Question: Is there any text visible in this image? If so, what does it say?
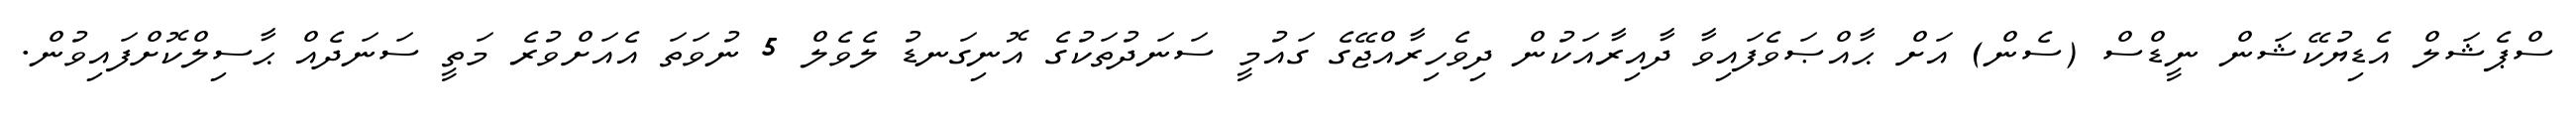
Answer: ސްޕެޝަލް އެޑިޔުކޭޝަން ނީޑްސް (ސެން) އަށް ޙާއްޞަވެފައިވާ ދާއިރާއަކުން ދިވެހިރާއްޖޭގެ ގައުމީ ސަނަދުތަކުގެ އޮނިގަނޑު ލެވެލް 5 ނުވަތަ އެއަށްވުރެ މަތީ ސަނަދެއް ޙާސިލްކޮށްފައިވުން.